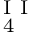
_ { \mathrm { ~ 4 ~ } } ^ { \mathrm { ~ I ~ I ~ } }